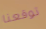
توقعنا